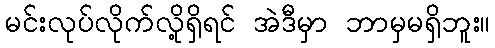
မင်းလုပ်လိုက်လို့ရှိရင် အဲဒီမှာ ဘာမှမရှိဘူး။